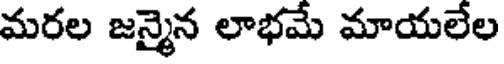
మరల జన్మైన లాభమే మాయలేల